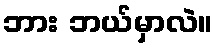
ဘား ဘယ်မှာလဲ။